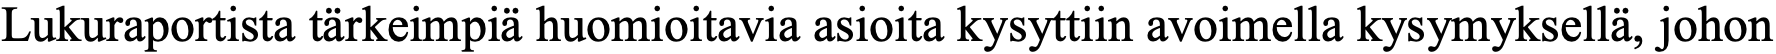
Lukuraportista tärkeimpiä huomioitavia asioita kysyttiin avoimella kysymyksellä, johon